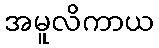
အမူလိကာယ